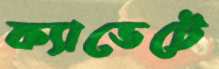
ক্যাডেটে